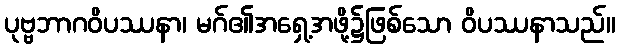
ပုဗ္ဗဘာဂဝိပဿနာ၊ မဂ်၏အရှေ့အဖို့၌ဖြစ်သော ဝိပဿနာသည်။